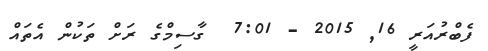
ފެބްރުއަރީ 16